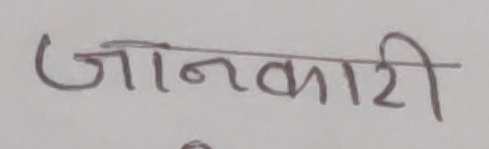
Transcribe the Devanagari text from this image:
जानकारी